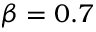
\beta = 0 . 7